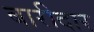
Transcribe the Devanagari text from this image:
बारीदार